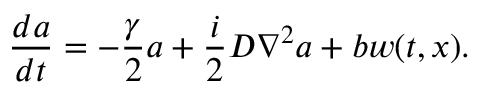
\frac { d a } { d t } = - \frac { \gamma } { 2 } a + \frac { i } { 2 } D \nabla ^ { 2 } a + b w ( t , x ) .